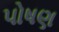
પોષણ